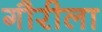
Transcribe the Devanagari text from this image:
गौरीला